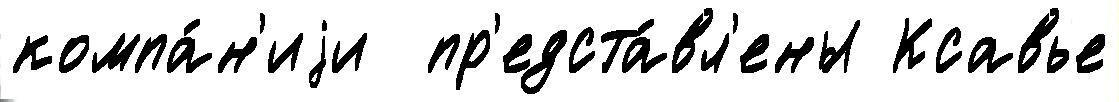
компа́н'иjи  пр'едста́вл'ены Ксавье